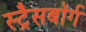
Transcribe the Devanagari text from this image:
स्ट्रैसबॉर्ग